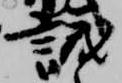
儀